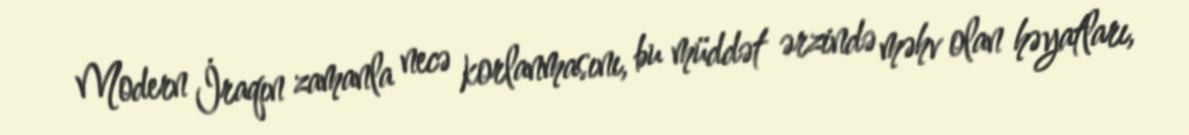
Modern İraqın zamanla necə korlanmasını, bu müddət ərzində məhv olan həyatları,